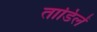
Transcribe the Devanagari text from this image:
ताडिलें